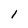
Character: 1